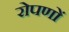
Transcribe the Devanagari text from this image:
रोपणों